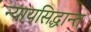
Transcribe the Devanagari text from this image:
न्यायसिद्धान्त